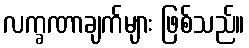
လက္ခဏာချက်များ ဖြစ်သည်။